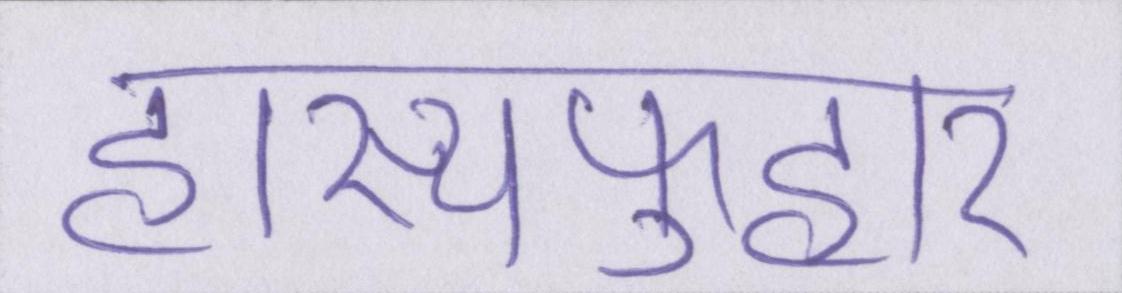
हास्यफुहार